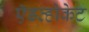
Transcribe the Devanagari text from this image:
ऍडव्होकेट